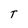
Character: T